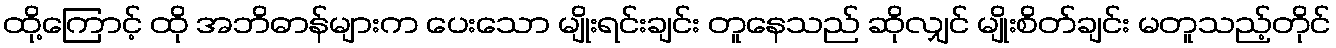
ထို့ကြောင့် ထို အဘိဓာန်များက ပေးသော မျိုးရင်းချင်း တူနေသည် ဆိုလျှင် မျိုးစိတ်ချင်း မတူသည့်တိုင်